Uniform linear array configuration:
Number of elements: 32
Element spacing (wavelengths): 1
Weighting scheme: hann
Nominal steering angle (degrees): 45
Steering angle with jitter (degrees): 43.806
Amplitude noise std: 0.05
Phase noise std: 0.05

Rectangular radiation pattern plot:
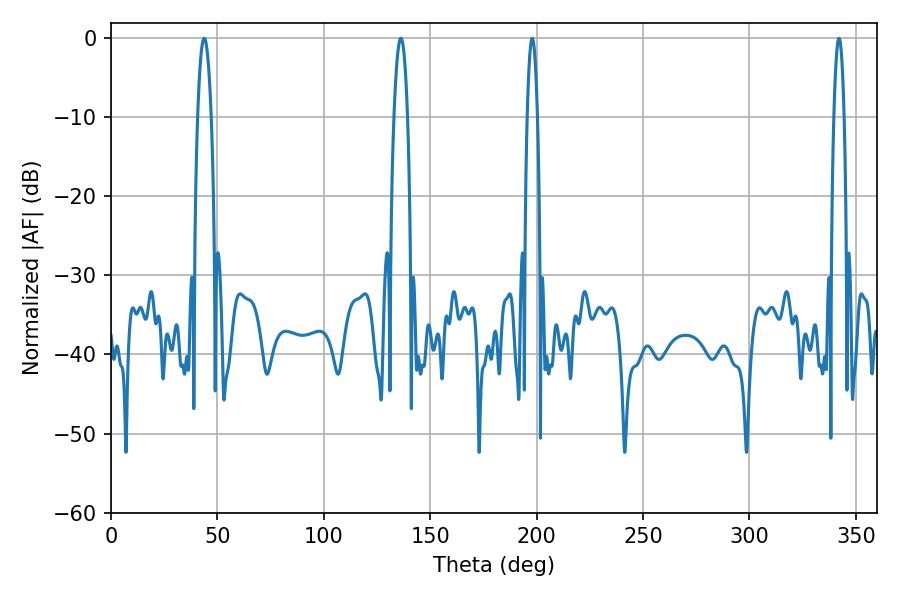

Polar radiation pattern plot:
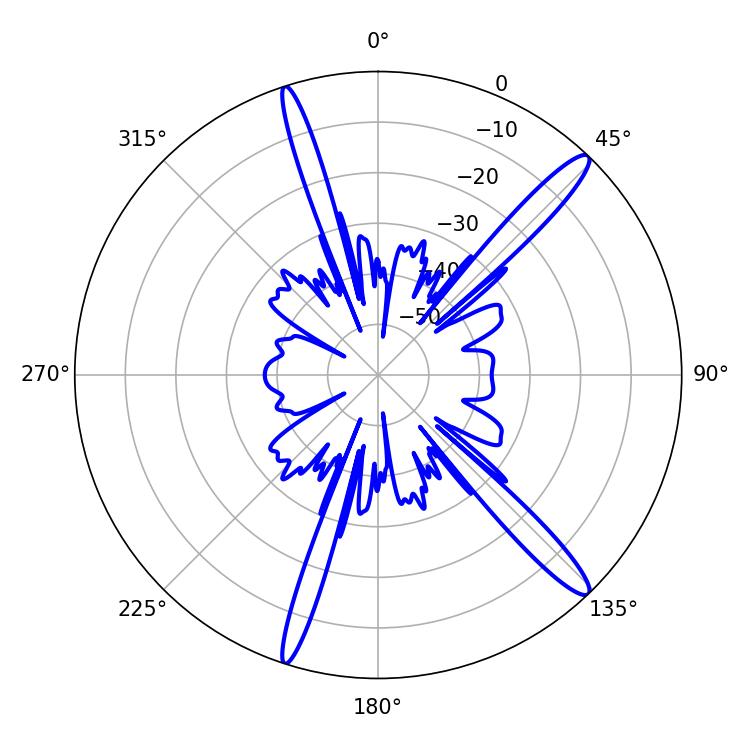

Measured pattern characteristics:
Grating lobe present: TRUE
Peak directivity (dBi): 15.128
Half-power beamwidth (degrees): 3.42
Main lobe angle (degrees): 43.74